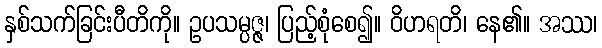
နှစ်သက်ခြင်းပီတိကို။ ဥပသမ္ပဇ္ဇ၊ ပြည့်စုံစေ၍။ ဝိဟရတိ၊ နေ၏။ အဿ၊